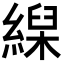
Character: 𦃨